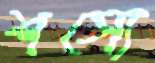
শস্যে